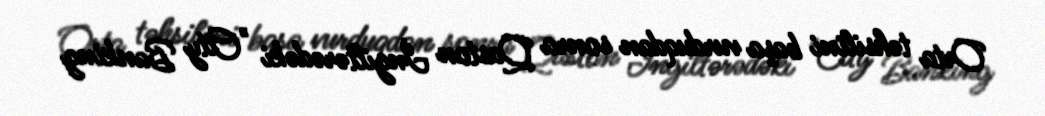
Orta təhsilini başa vurduqdan sonra Qaston İngiltərədəki "City Banking